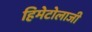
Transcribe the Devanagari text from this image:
हिमेटोलाजी